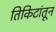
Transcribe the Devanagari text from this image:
तिकिटांतून